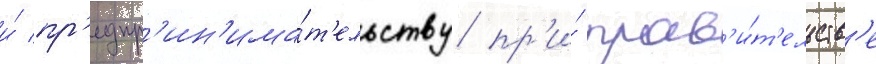
и́ пр'едпр'ин'има́т'ельству пр'и́ прав'и́т'ельств'е